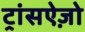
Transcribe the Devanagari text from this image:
ट्रांसऐज़ो